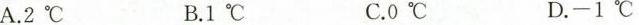
A.2^ { \circ }CB.1^ { \circ }CC.0^ { \circ } CD.-1^ { \circ }C